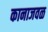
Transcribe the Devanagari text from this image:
कानाजवळ